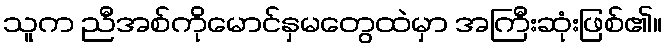
သူက ညီအစ်ကိုမောင်နှမတွေထဲမှာ အကြီးဆုံးဖြစ်၏။